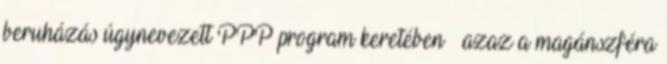
beruházás úgynevezett PPP program keretében – azaz a magánszféra